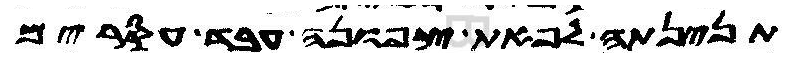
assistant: תנינתה לפאת צפונה עבד עסרים